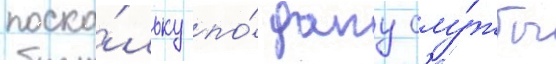
поско́льку по́ долгу слу́жбы